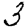
Digit: 3